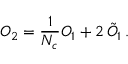
{ \cal O } _ { 2 } = \frac { 1 } { N _ { c } } { \cal O } _ { 1 } + 2 \, \tilde { { \cal O } } _ { 1 } \, .